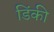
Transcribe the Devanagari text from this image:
डिंकी